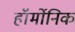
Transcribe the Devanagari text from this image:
हॉर्मोनिक